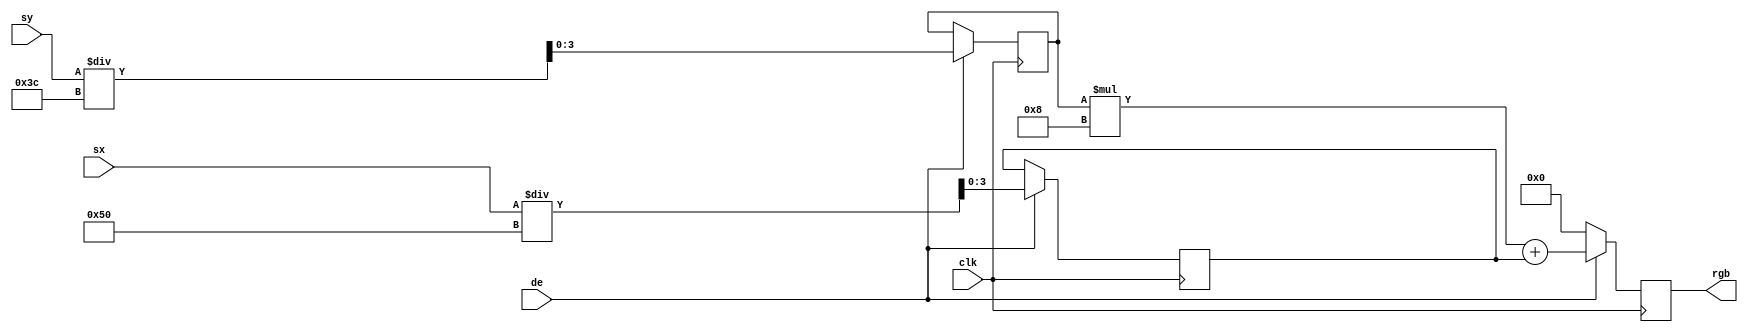
module draw_gradient
#(
  parameter H_RES = 640,
  parameter V_RES = 480
)
(
  input wire clk,
  input wire de,
  input wire [9:0] sx,
  input wire [9:0] sy,
  output reg [5:0] rgb
);

  localparam SIZE_X = H_RES / 8;
  localparam SIZE_Y = V_RES / 8;

  reg [3:0] cell_x = 0;
  reg [3:0] cell_y = 0;

  reg [5:0] value = 0;

  always @(posedge clk) begin
    if(de) begin
      cell_x = sx / SIZE_X;
      cell_y = sy / SIZE_Y;
    end
  end

  always @(posedge clk) begin
    if(de) begin
      rgb <= (cell_y *  8) + cell_x;
    end else begin
      rgb <= 6'b000000;
    end
  end
endmodule